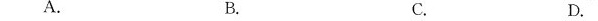
A. B. C. D.